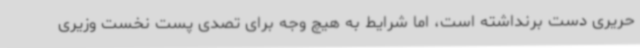
حریری دست برنداشته است، اما شرایط به هیچ وجه برای تصدی پست نخست وزیری